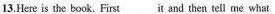
13.Here is the book. First ___ it and then tell me what